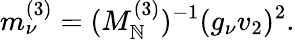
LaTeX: m_{\nu}^{(3)}=(M_{\mathbb{N}}^{(3)})^{-1}(g_{\nu}v_{2})^{2}.